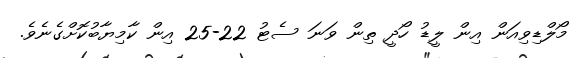
މޯލްޑިވިއަން އިން ލީޑު ހޯދީ ތިން ވަނަ ސެޓު 22-25 އިން ކާމިޔާބުކޮށްގެނެވެ.